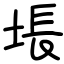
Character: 㙊